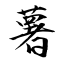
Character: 薯